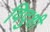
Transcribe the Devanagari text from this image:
विदुशी